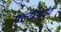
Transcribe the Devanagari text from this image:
मल्टीबाईट